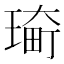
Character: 𤨀